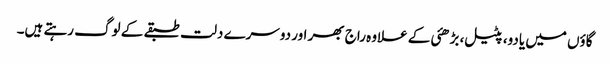
گاؤں میں یادو، پٹیل، بڑھئی کے علاوہ راج بھر اور دوسرے دلت طبقے کے لوگ رہتے ہیں۔